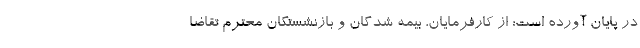
در پایان آورده است: از کارفرمایان، بیمه شدگان و بازنشستگان محترم تقاضا